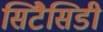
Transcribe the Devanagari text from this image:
सिटैसिडी